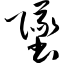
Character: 坠